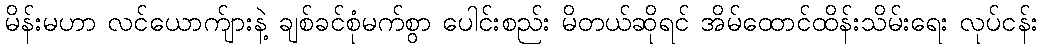
မိန်းမဟာ လင်ယောက်ျားနဲ့ ချစ်ခင်စုံမက်စွာ ပေါင်းစည်း မိတယ်ဆိုရင် အိမ်ထောင်ထိန်းသိမ်းရေး လုပ်ငန်း